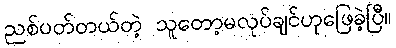
ညစ်ပတ်တယ်တဲ့ သူတော့မလုပ်ချင်ဟုဖြေခဲ့ပြီ။